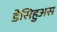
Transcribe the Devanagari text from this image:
डेसिहुअस